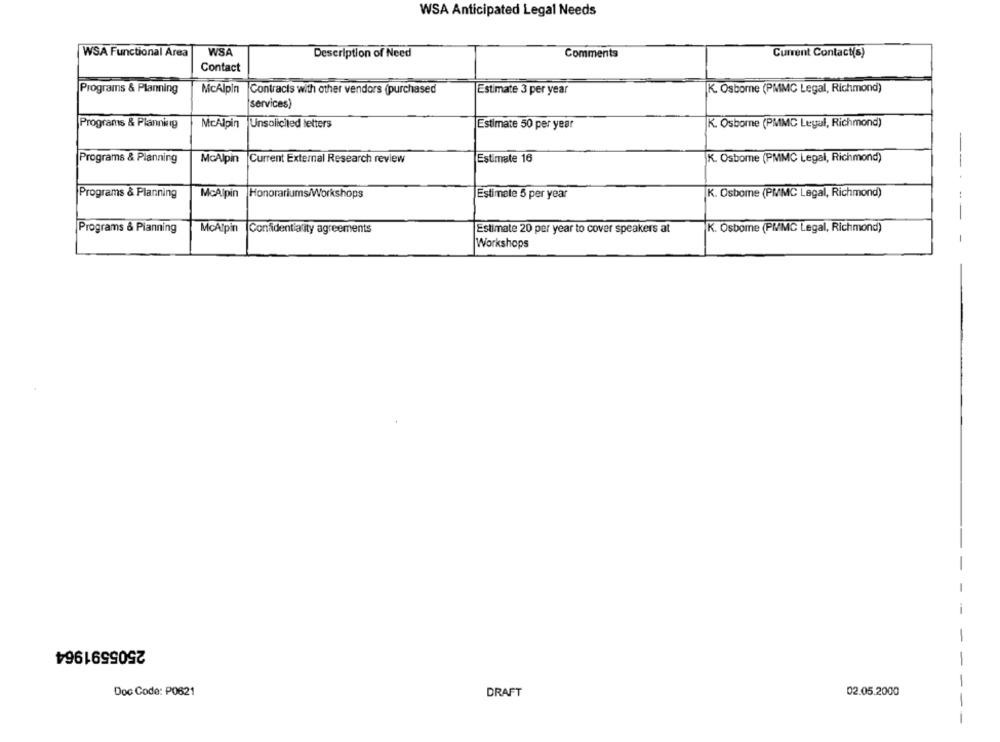
WSA Anticipated Legal Needs
WSA Functional Area
WSA
Description of Need
Comments
Current Contact(s)
Contact
Programs & Planning
McAlpin
Contracts with other vendors (purchased
Estimate 3 per year
K. Osborne (PMMC Legal, Richmond)
services)
Programs & Planning
McAlpin
Unsolicited letters
Estimate 50 per year
K. Osborne (PMMC Legal, Richmond)
-
Programs & Planning
McAlpin Current External Research review
Estimate 16
K. Osbome (PMMC Legal, Richmond)
-
Programs & Planning
Honorariums/Workshops
K. Osborne (PMMC Legal, Richmond)
McAlpin
Estimate 5 per year
--
Programs & Pianning
McAlpin
Confidentiality agreements
Estimate 20 per year to cover speakers at
K. Osborne (PMMC Legal, Richmond)
Workshops
2505591964
Doc Code: P0621
DRAFT
02.05.2000
-